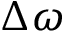
\Delta \omega